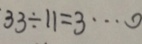
3 3 \div 1 1 = 3 \cdots 0